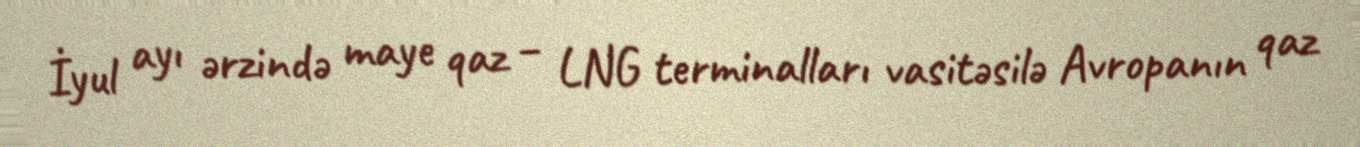
İyul ayı ərzində maye qaz – LNG terminalları vasitəsilə Avropanın qaz